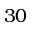
3 0